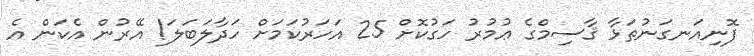
ފޮނިއަނގަނުތަޅާ ޤާސިމްގެ ޢުމުރު ހަގުކޮށް 25 އަހަރުކަމަށް ހަދާލަބަލަ! އޭރުން އެކަން އެ